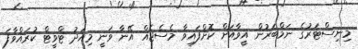
މިނިސްޓަރުގެ ނަމްބަރުން އީވާއަށް ކޮށްފައިވާ މެސެޖެއް އޭނާ ވަނީ މިއަދު ޓްވީޓް ކުރައްވާފަ